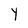
Character: Y